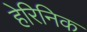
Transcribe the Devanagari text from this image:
हेरिनिक